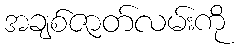
အချစ်ဇာတ်လမ်းကို